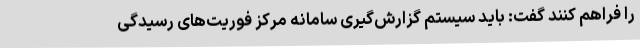
را فراهم کنند گفت: باید سیستم گزارش‌گیری سامانه مرکز فوریت‌های رسیدگی